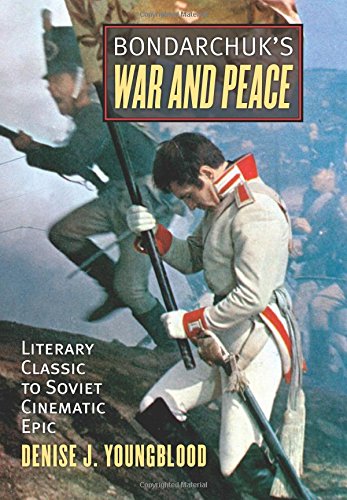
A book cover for Bondarchuk's War and Peace: Literary Classic to Soviet Cinematic Epic; Denise J. Youngblood; Humor & Entertainment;